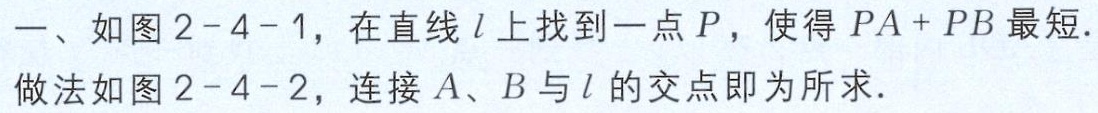
一、如图 2-4-1，在直线 \(l\) 上找到一点 \(P\)，使得 \(PA + PB\) 最短.

做法如图 2-4-2，连接 \(A\)、\(B\) 与 \(l\) 的交点即为所求.